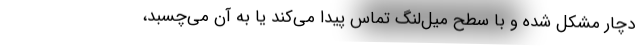
دچار مشکل شده و با سطح میل‌لنگ تماس پیدا می‌کند یا به آن می‌چسبد،